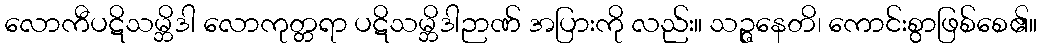
လောကီပဋိသမ္ဘိဒါ လောကုတ္တရာ ပဋိသမ္ဘိဒါဉာဏ် အပြားကို လည်း။ သဉ္ဇနေတိ၊ ကောင်းစွာဖြစ်စေ၏။